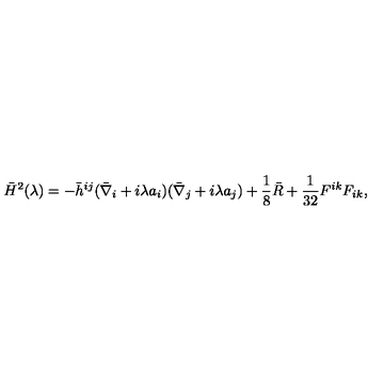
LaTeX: \bar { H } ^ { 2 } ( \lambda ) = - \bar { h } ^ { i j } ( \bar { \nabla } _ { i } + i \lambda a _ { i } ) ( \bar { \nabla } _ { j } + i \lambda a _ { j } ) + \frac 1 8 \bar { R } + { \frac { 1 } { 3 2 } } F ^ { i k } F _ { i k } ,